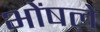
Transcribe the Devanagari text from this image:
भोंषले